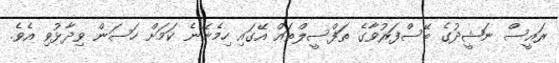
ރައީސް ނަޝީދުގެ ބޭސްފަރުވާގެ ތަފްސީލްތައް އޭގައި ހިމެނޭނެ ކަމަށް ހަސަން ވިދާޅުވި އެވެ.